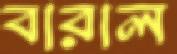
বারাল